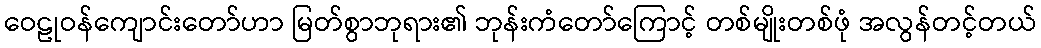
ဝေဠုဝန်ကျောင်းတော်ဟာ မြတ်စွာဘုရား၏ ဘုန်းကံတော်ကြောင့် တစ်မျိုးတစ်ဖုံ အလွန်တင့်တယ်